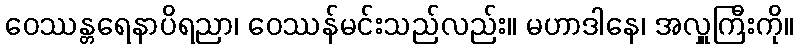
ဝေဿန္တရေနာပိရညာ၊ ဝေဿန်မင်းသည်လည်း။ မဟာဒါနေ၊ အလှူကြီးကို။